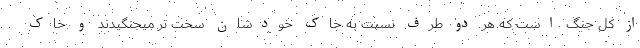
از کل جنگ است که هر دو طرف نسبت به خاک خودشان سخت تر میجنگیدند و خاک